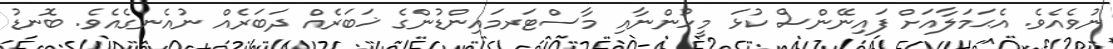
ނުވެއެވެ. އެޙަމަލާއަށް ފައިނޭންސް ކުޅަ މީހުންނާއި މާސްޓަރމައިންޑުންގެ ޚަބަރެއް ދަބަރެއް ނުއެނގެއެވެ. ބޮނޑު